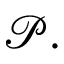
{ \mathcal P } .